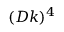
( D k ) ^ { 4 }